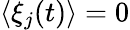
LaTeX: \langle\xi_{j}(t)\rangle=0